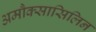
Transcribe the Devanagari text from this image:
अमौक्सासिलिन